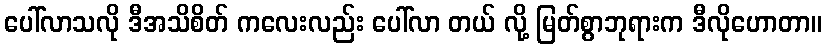
ပေါ်လာသလို ဒီအသိစိတ် ကလေးလည်း ပေါ်လာ တယ် လို့ မြတ်စွာဘုရားက ဒီလိုဟောတာ။